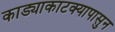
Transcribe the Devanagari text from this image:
काड्याकाटक्यापासुन